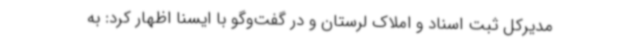
مدیرکل ثبت اسناد و املاک لرستان و در گفت‌وگو با ایسنا اظهار کرد: به